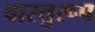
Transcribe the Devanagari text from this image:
वास्तुरूप